Bréfritari: Einar Ásmundsson
Viðtakandi: Jón Borgfirðings Jónsson
Dagsetning: A-1864-06-10
Skrifað á: Nesi  S-Þing.

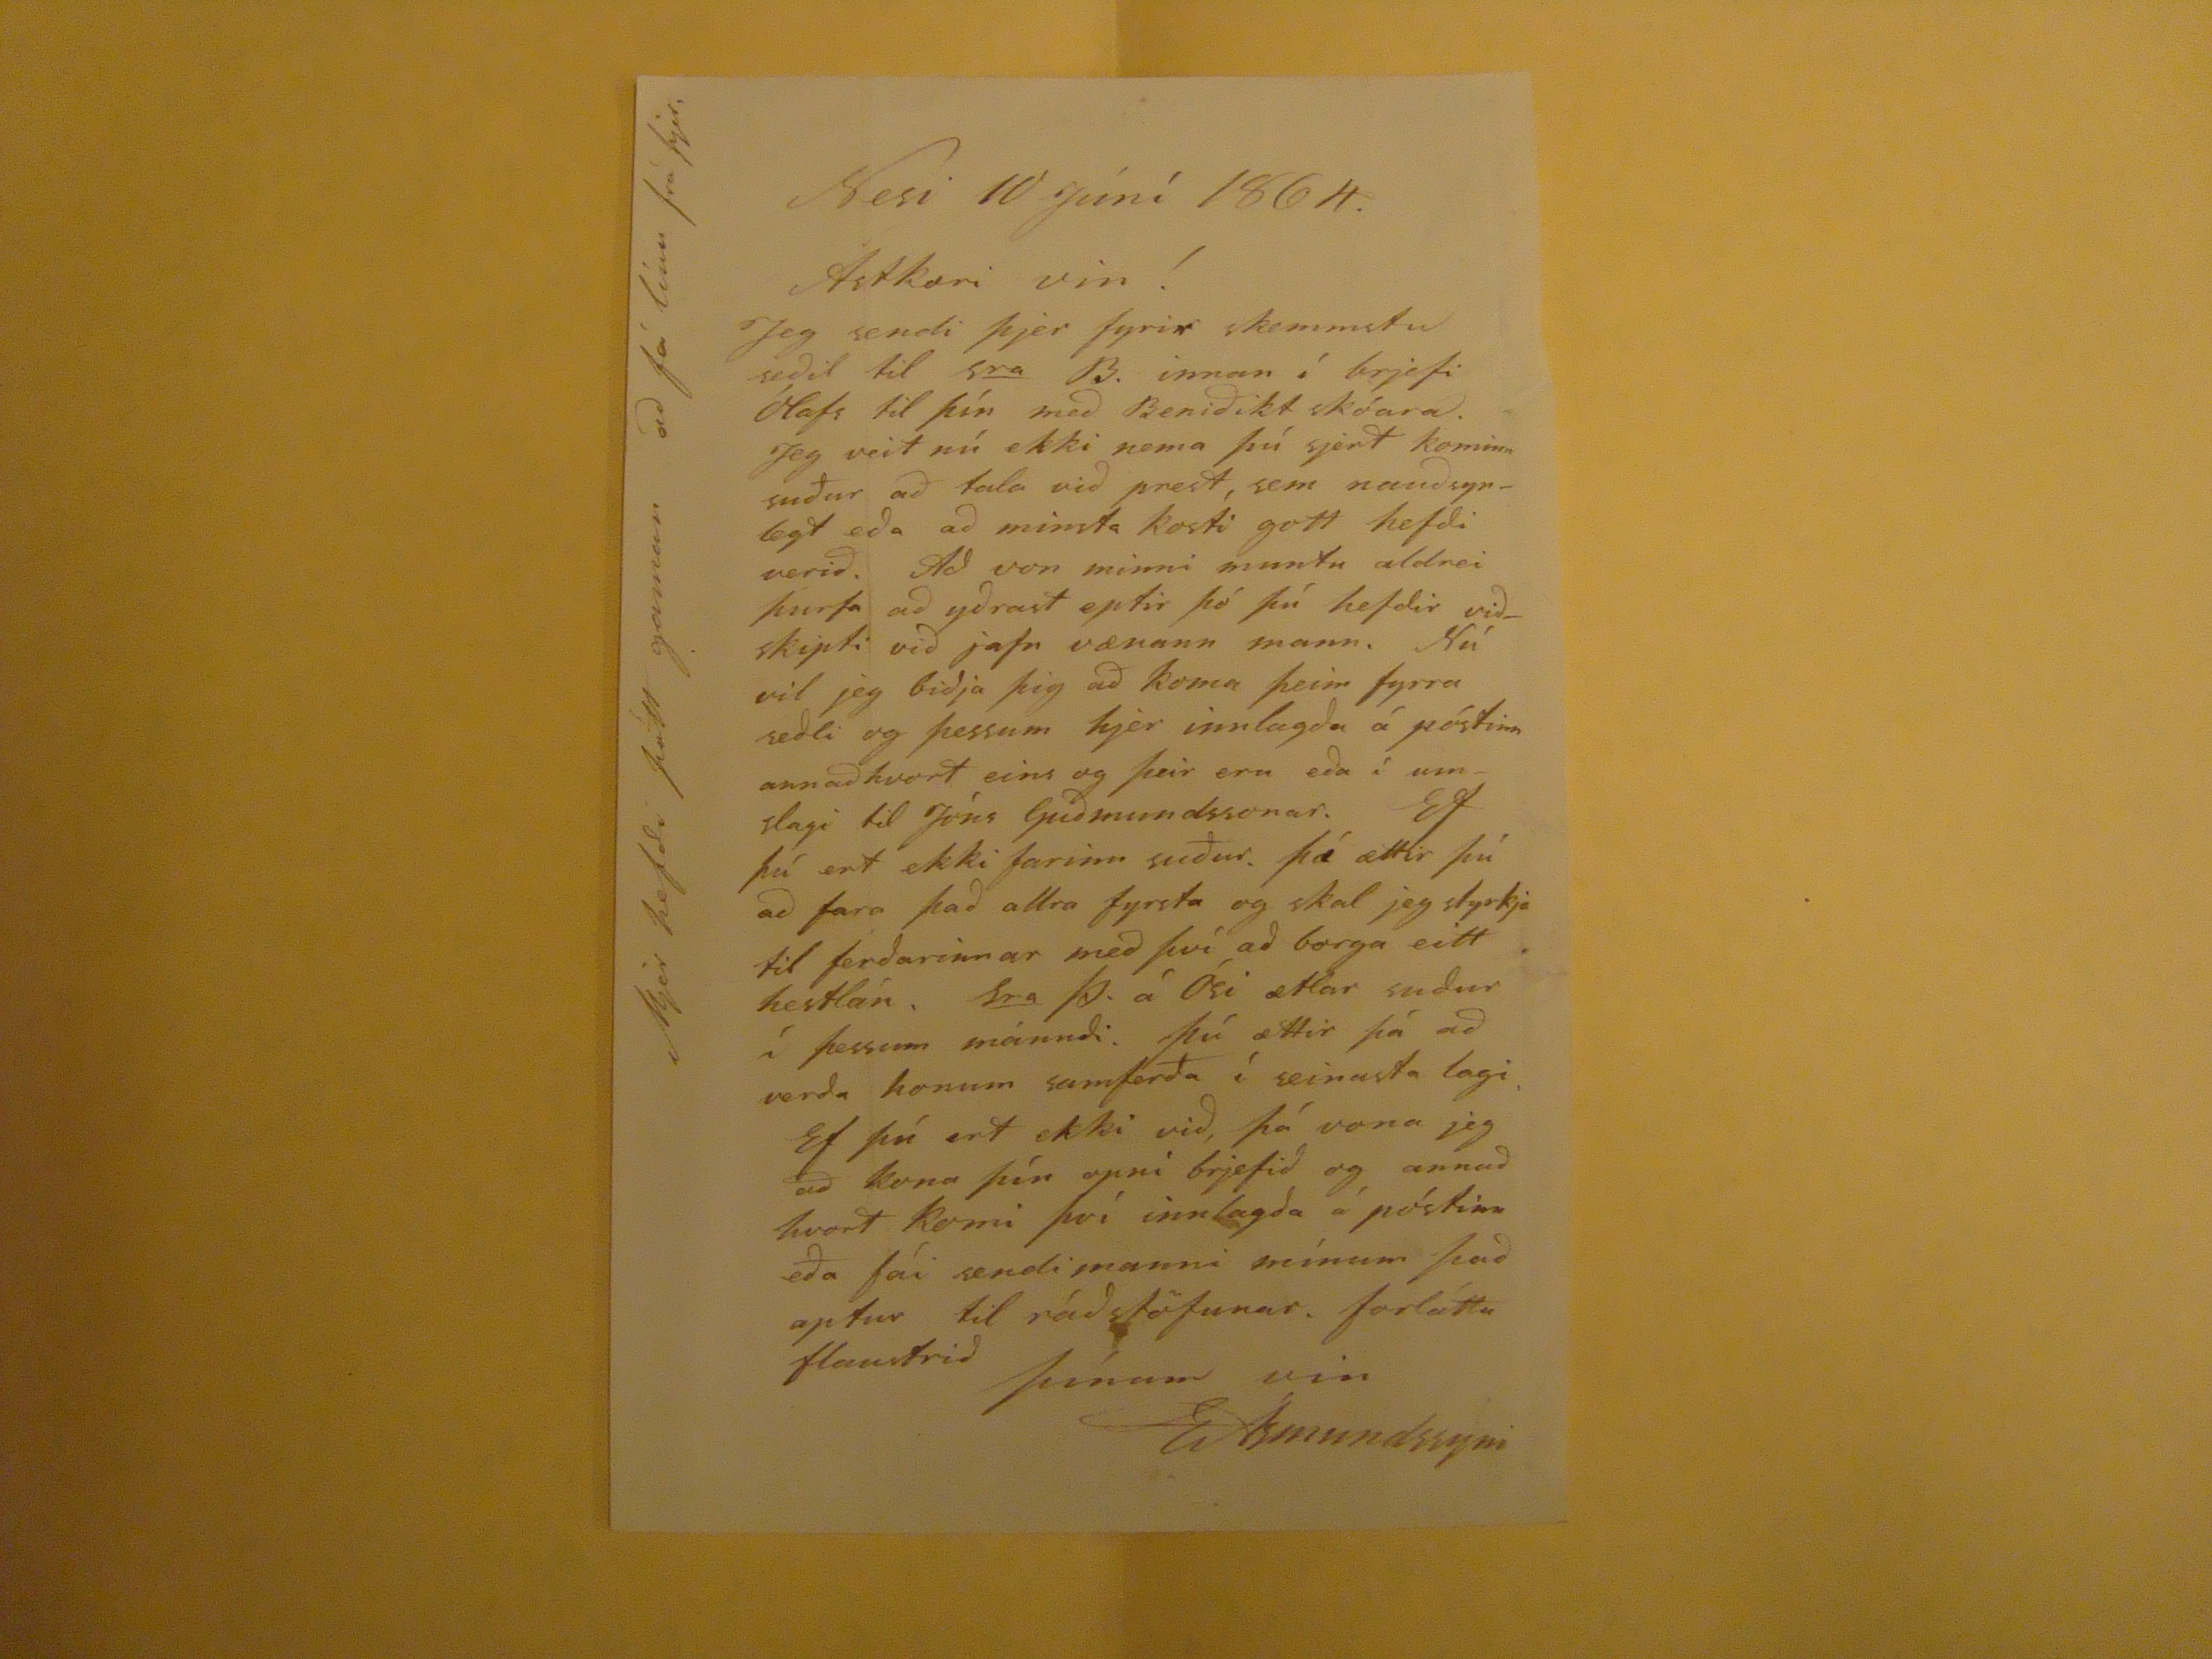

Nesi 10 Júní 1864.
Ástkæri vin!
Jeg sendi þjer fyrir skemmstu seðil til 5
ra
13.
innan í brjefi Ólafs til þím me Benedikt skóara. Jeg veit nú ekki nema þú sjert kominn suður að tala við prest, sem nauðsynlegt eða að minsta kosti gott hefði verið. Að von minni muntu aldrei þurfa að yðrast eptir þó þú hefðir viðskipti við jafn vænann mann. Nú vil jeg biðja þig að koma þeim fyrra seðli og þessum hjer innlagða á póstinn annaðhvort eins og þeir eru eða í umslagi til Jóns Guðmundssonar. Ef þú ert ekki farinn suður. þá ættir þú að fara það allra fyrsta og skal jeg styrkja til ferðarinnar með því að borga eitt hestlán.
s
ra
Þ.
á Ósi ætlar suður í þessum mánuði. Þú ættir þá að verða honum samferða í seinusta lagi. Ef þú ert ekki við, þá vona jeg að kona þín opni brjefið og annað hvort komi því innlagða á póstinn eða fái sendimanni mínum það aptur til ráðstöfunar. forláttu flaustrið
þínum vin
EÁsmundssyni
Mjer hefði þótt gaman að fá línu frá þjer.